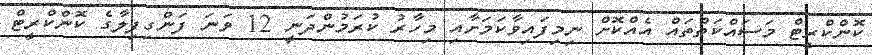
ކޮންކްރީޓް މަސައްކަތްތައް އެއްކޮށް ނިމިފައިވާކަމަށާއި މިހާރު ކުރަމުންދަނީ 12 ވަނަ ފަންގިފިލާގެ ކޮންކްރީޓް